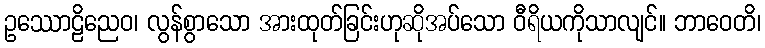
ဥဿောဠိညေဝ၊ လွန်စွာသော အားထုတ်ခြင်းဟုဆိုအပ်သော ဝီရိယကိုသာလျင်။ ဘာဝေတိ၊